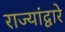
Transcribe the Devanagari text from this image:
राज्यांद्वारे